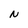
Character: N